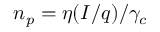
n _ { p } = \eta ( I / q ) / \gamma _ { c }